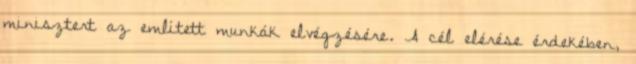
minisztert az említett munkák elvégzésére. A cél elérése érdekében,